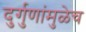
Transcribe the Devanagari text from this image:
दुर्गुणांमुळेच